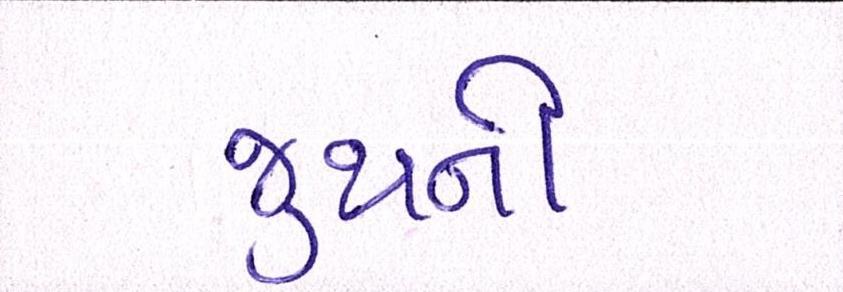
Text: જુથની